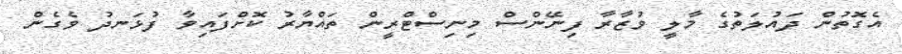
އެގޮތުން ދައުލަތުގެ މާލީ ވުޒާރާ ފިނޭންސް މިނިސްޓްރީން ތައްޔާރު ކޮށްފައިވާ ފުޅަނދު ވެގެން